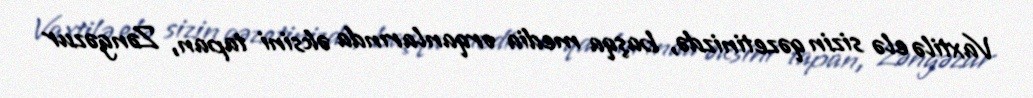
Vaxtilə elə sizin qəzetinizdə, başqa media orqanlarında əksini tapan, Zəngəzur